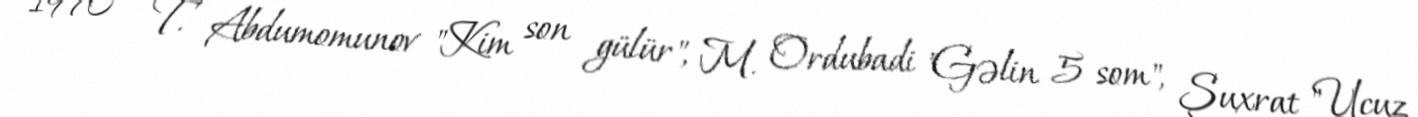
1970 — T. Abdumomunov "Kim son gülür", M. Ordubadi "Gəlin 5 som", Şuxrat "Ucuz